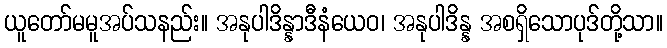
ယူတော်မမူအပ်သနည်း။ အနုပါဒိန္နာဒီနံယေဝ၊ အနုပါဒိန္န အစရှိသောပုဒ်တို့သာ။